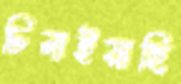
চিনাইয়াছি